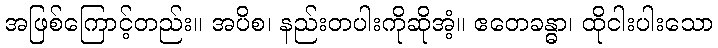
အဖြစ်ကြောင့်တည်း။ အပိစ၊ နည်းတပါးကိုဆိုအံ့။ ဧတေခန္ဓာ၊ ထိုငါးပါးသော